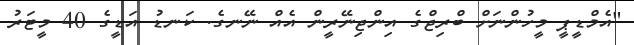
"އެމްޑީޕީ މީހުންނަށް ބްރިޖްގެ އިންޖިނޭރީން އެއް ނޭނގެ. ކަނޑު އަޑީގެ 40 މީޓަރު